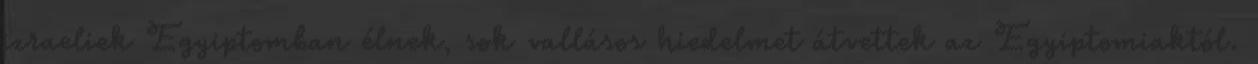
izraeliek Egyiptomban élnek, sok vallásos hiedelmet átvettek az Egyiptomiaktól.